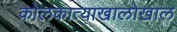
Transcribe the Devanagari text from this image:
कोलकात्याखालोखाल